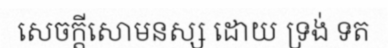
សេចក្តីសោមនស្ស ដោយ ទ្រង់ ទត